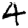
Digit: 4